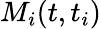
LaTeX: M_{i}(t,t_{i})